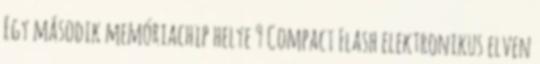
Egy második memóriachip helye 9 Compact Flash elektronikus elven